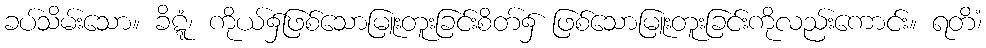
ခပ်သိမ်းသော။ ခိဋ္ဋံ၊ ကိုယ်၌ဖြစ်သောမြူးတူးခြင်းစိတ်၌ ဖြစ်သောမြူးတူးခြင်းကိုလည်းကောင်း။ ရတိံ၊